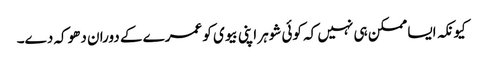
کیونکہ ایسا ممکن ہی نہیں کہ کوئی شوہر اپنی بیوی کو عمرے کے دوران دھوکہ دے۔